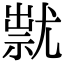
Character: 㞊